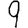
Digit: 9